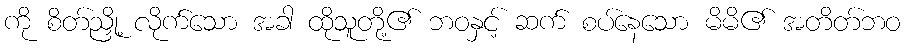
ကို စိတ်ညှို့ လိုက်သော အခါ ထိုသူတို့၏ ဘဝနှင့် ဆက် စပ်နေသော မိမိ၏ အတိတ်ဘဝ